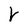
Character: V